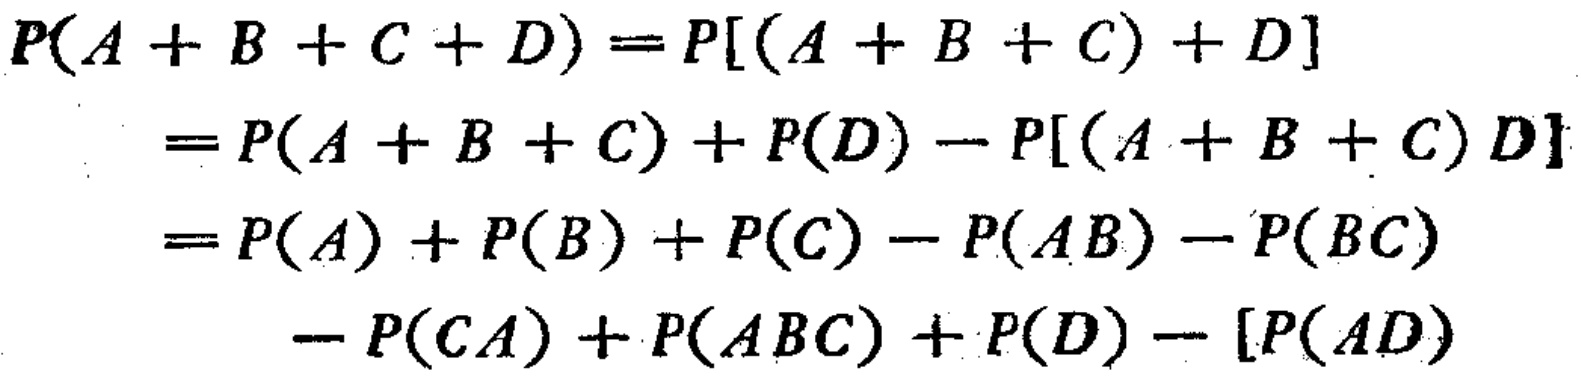
\[

\begin{align*}

P(A + B + C + D)&=P[(A + B + C)+D]\\

&=P(A + B + C)+P(D)-P[(A + B + C)D]\\

&=P(A)+P(B)+P(C)-P(AB)-P(BC)\\

&\quad -P(CA)+P(ABC)+P(D)-[P(AD)

\end{align*}

\]